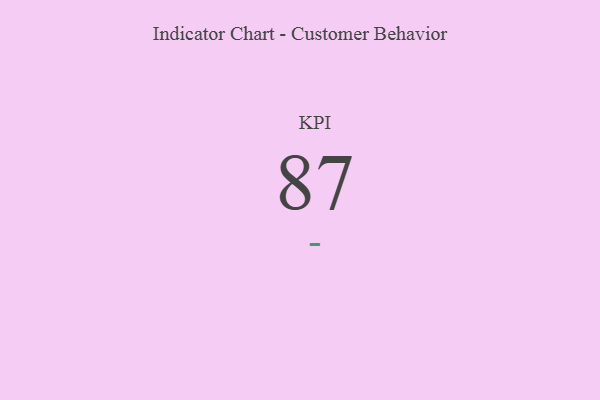
{"axis": {"x": "KPI", "y": "Value"}, "legend": [""], "data": [{"x": "KPI", "y": 87, "type": ""}]}